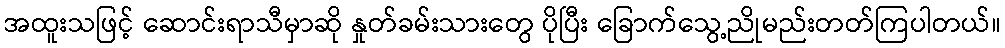
အထူးသဖြင့် ဆောင်းရာသီမှာဆို နှုတ်ခမ်းသားတွေ ပိုပြီး ခြောက်သွေ့ညိုမည်းတတ်ကြပါတယ်။